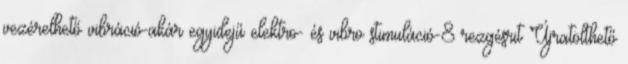
vezérelhető vibráció-akár egyidejű elektro- és vibro stimuláció-8 rezgésrit Újratölthető